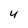
Character: 4